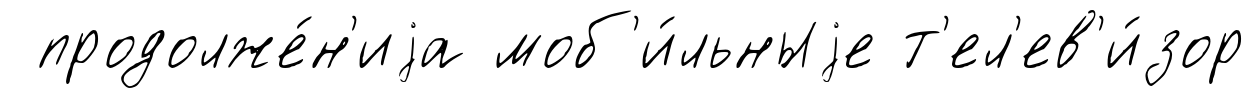
продолже́н'иjа моб'и́льныjе т'ел'ев'и́зор